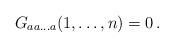
LaTeX: \begin{align*} G_{aa\dots a}(1,\dots,n)=0\, .\end{align*}